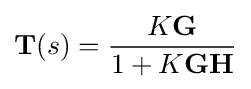
{\textbf {T}}(s)={\frac {K{\textbf {G}}}{1+K{\textbf {G}}{\textbf {H}}}}